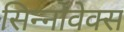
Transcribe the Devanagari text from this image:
सिन्नोवेक्स